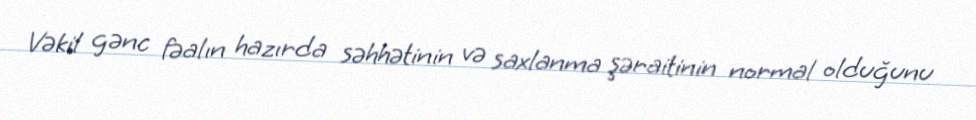
Vəkil gənc fəalın hazırda səhhətinin və saxlanma şəraitinin normal olduğunu